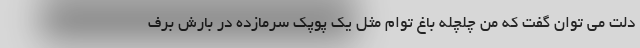
دلت می توان گفت که من چلچله باغ توام مثل یک پوپک سرمازده در بارش برف